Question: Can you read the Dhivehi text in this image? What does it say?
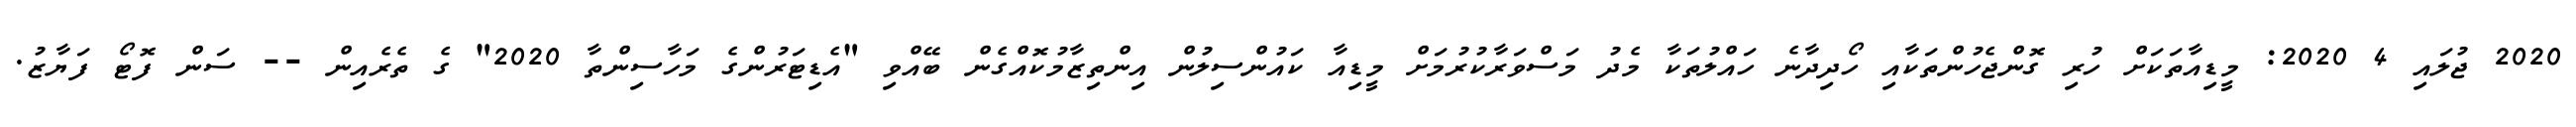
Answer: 2020 ޖުލައި 4 2020: މީޑިއާތަކަށް ހުރި ގޮންޖެހުންތަކާއި ހޯދިދާނެ ހައްލުތަކާ މެދު މަސްވަރާކުރުމަށް މީޑިއާ ކައުންސިލުން އިންތިޒާމުކޮއްގެން ބޭއްވި "އެޑިޓަރުންގެ މަހާސިންތާ 2020" ގެ ތެރެއިން -- ސަން ފޮޓޯ ފަޔާޒު.